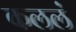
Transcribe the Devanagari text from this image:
कललं